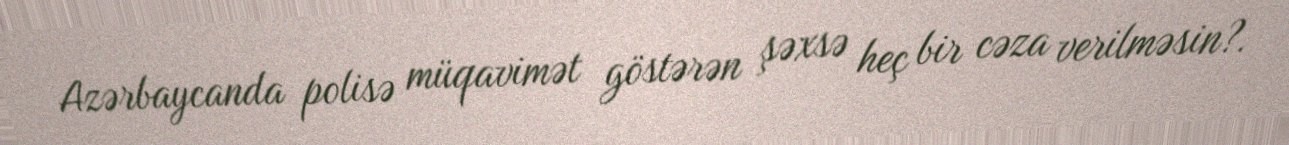
Azərbaycanda polisə müqavimət göstərən şəxsə heç bir cəza verilməsin?.